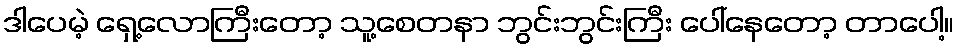
ဒါပေမဲ့ ရှေ့လောကြီးတော့ သူ့စေတနာ ဘွင်းဘွင်းကြီး ပေါ်နေတော့ တာပေါ့။